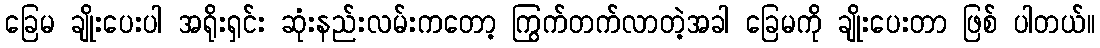
ခြေမ ချိုးပေးပါ အရိုးရှင်း ဆုံးနည်းလမ်းကတော့ ကြွက်တက်လာတဲ့အခါ ခြေမကို ချိုးပေးတာ ဖြစ် ပါတယ်။